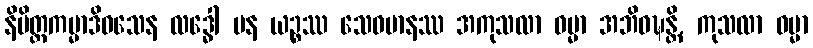
နိမိတ္တကမ္မာဒိဝသေန လဒ္ဓေါ ပန ယဉ္စဿ သေဝမာနဿ အကုသလာ ဓမ္မာ အဘိဝဍ္ဎန္တိ, ကုသလာ ဓမ္မာ